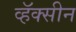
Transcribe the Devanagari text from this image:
व्हॅक्सीन